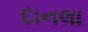
દાનલા